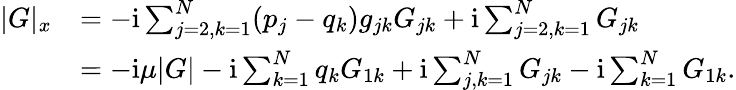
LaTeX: \begin{array}{rl}{|G|_{x}}&{=-\mathrm{i}\sum_{j=2,k=1}^{N}(p_{j}-q_{k})g_{jk}G_{jk}+\mathrm{i}\sum_{j=2,k=1}^{N}G_{jk}}\\ &{=-\mathrm{i}\mu|G|-\mathrm{i}\sum_{k=1}^{N}q_{k}G_{1k}+\mathrm{i}\sum_{j,k=1}^{N}G_{jk}-\mathrm{i}\sum_{k=1}^{N}G_{1k}.}\end{array}